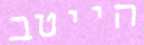
הייטב